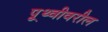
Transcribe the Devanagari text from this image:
पृ्थ्वीवरील